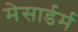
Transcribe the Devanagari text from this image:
मेसार्डर्म